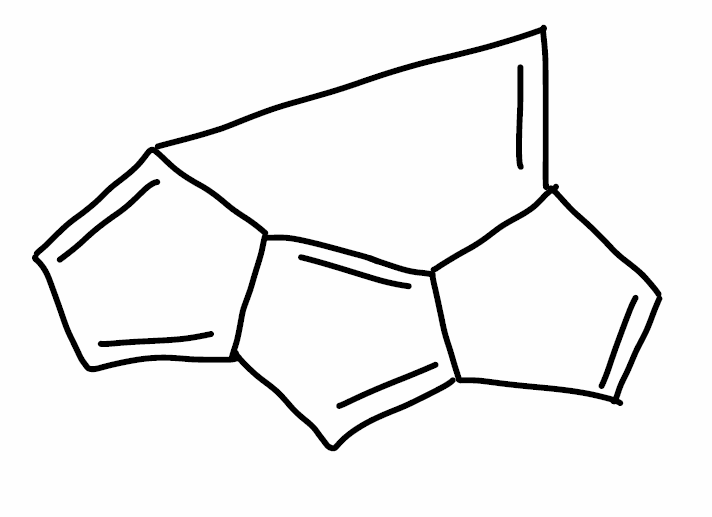
Simplified molecular-input line-entry system (SMILES) notation of the given molecule:
C1=CC2=CC3=CC=C4C3=C2C1=C4